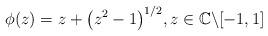
LaTeX: \begin{gather*}\phi(z) = z + \big(z^2-1\big)^{1/2}, z \in \mathbb{C}\backslash [-1,1]\end{gather*}